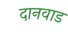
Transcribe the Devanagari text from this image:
दानवाड